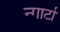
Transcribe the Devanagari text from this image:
न्गार्टा